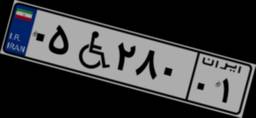
۰۵W۲۸۰۰۱